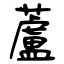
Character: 蘆